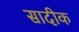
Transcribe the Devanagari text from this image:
सादीक